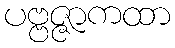
ပဗ္ဗဇ္ဇာကထာ